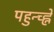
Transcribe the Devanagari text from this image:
पहुन्च्ह्ने